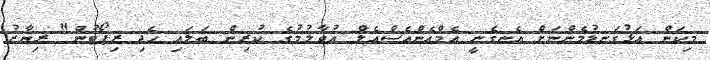
މިކަން އަޅުގަނޑުމެންނަށް އެނގެނީ އެމްއެންއެސްއެލް އުވާލުމުގެ ކުރިން ބަލައި ހެދި ރިޕޯޓުން" ރިޔާޒު